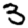
Digit: 3